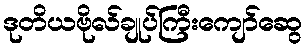
ဒုတိယဗိုလ်ချုပ်ကြီးကျော်ဆွေ